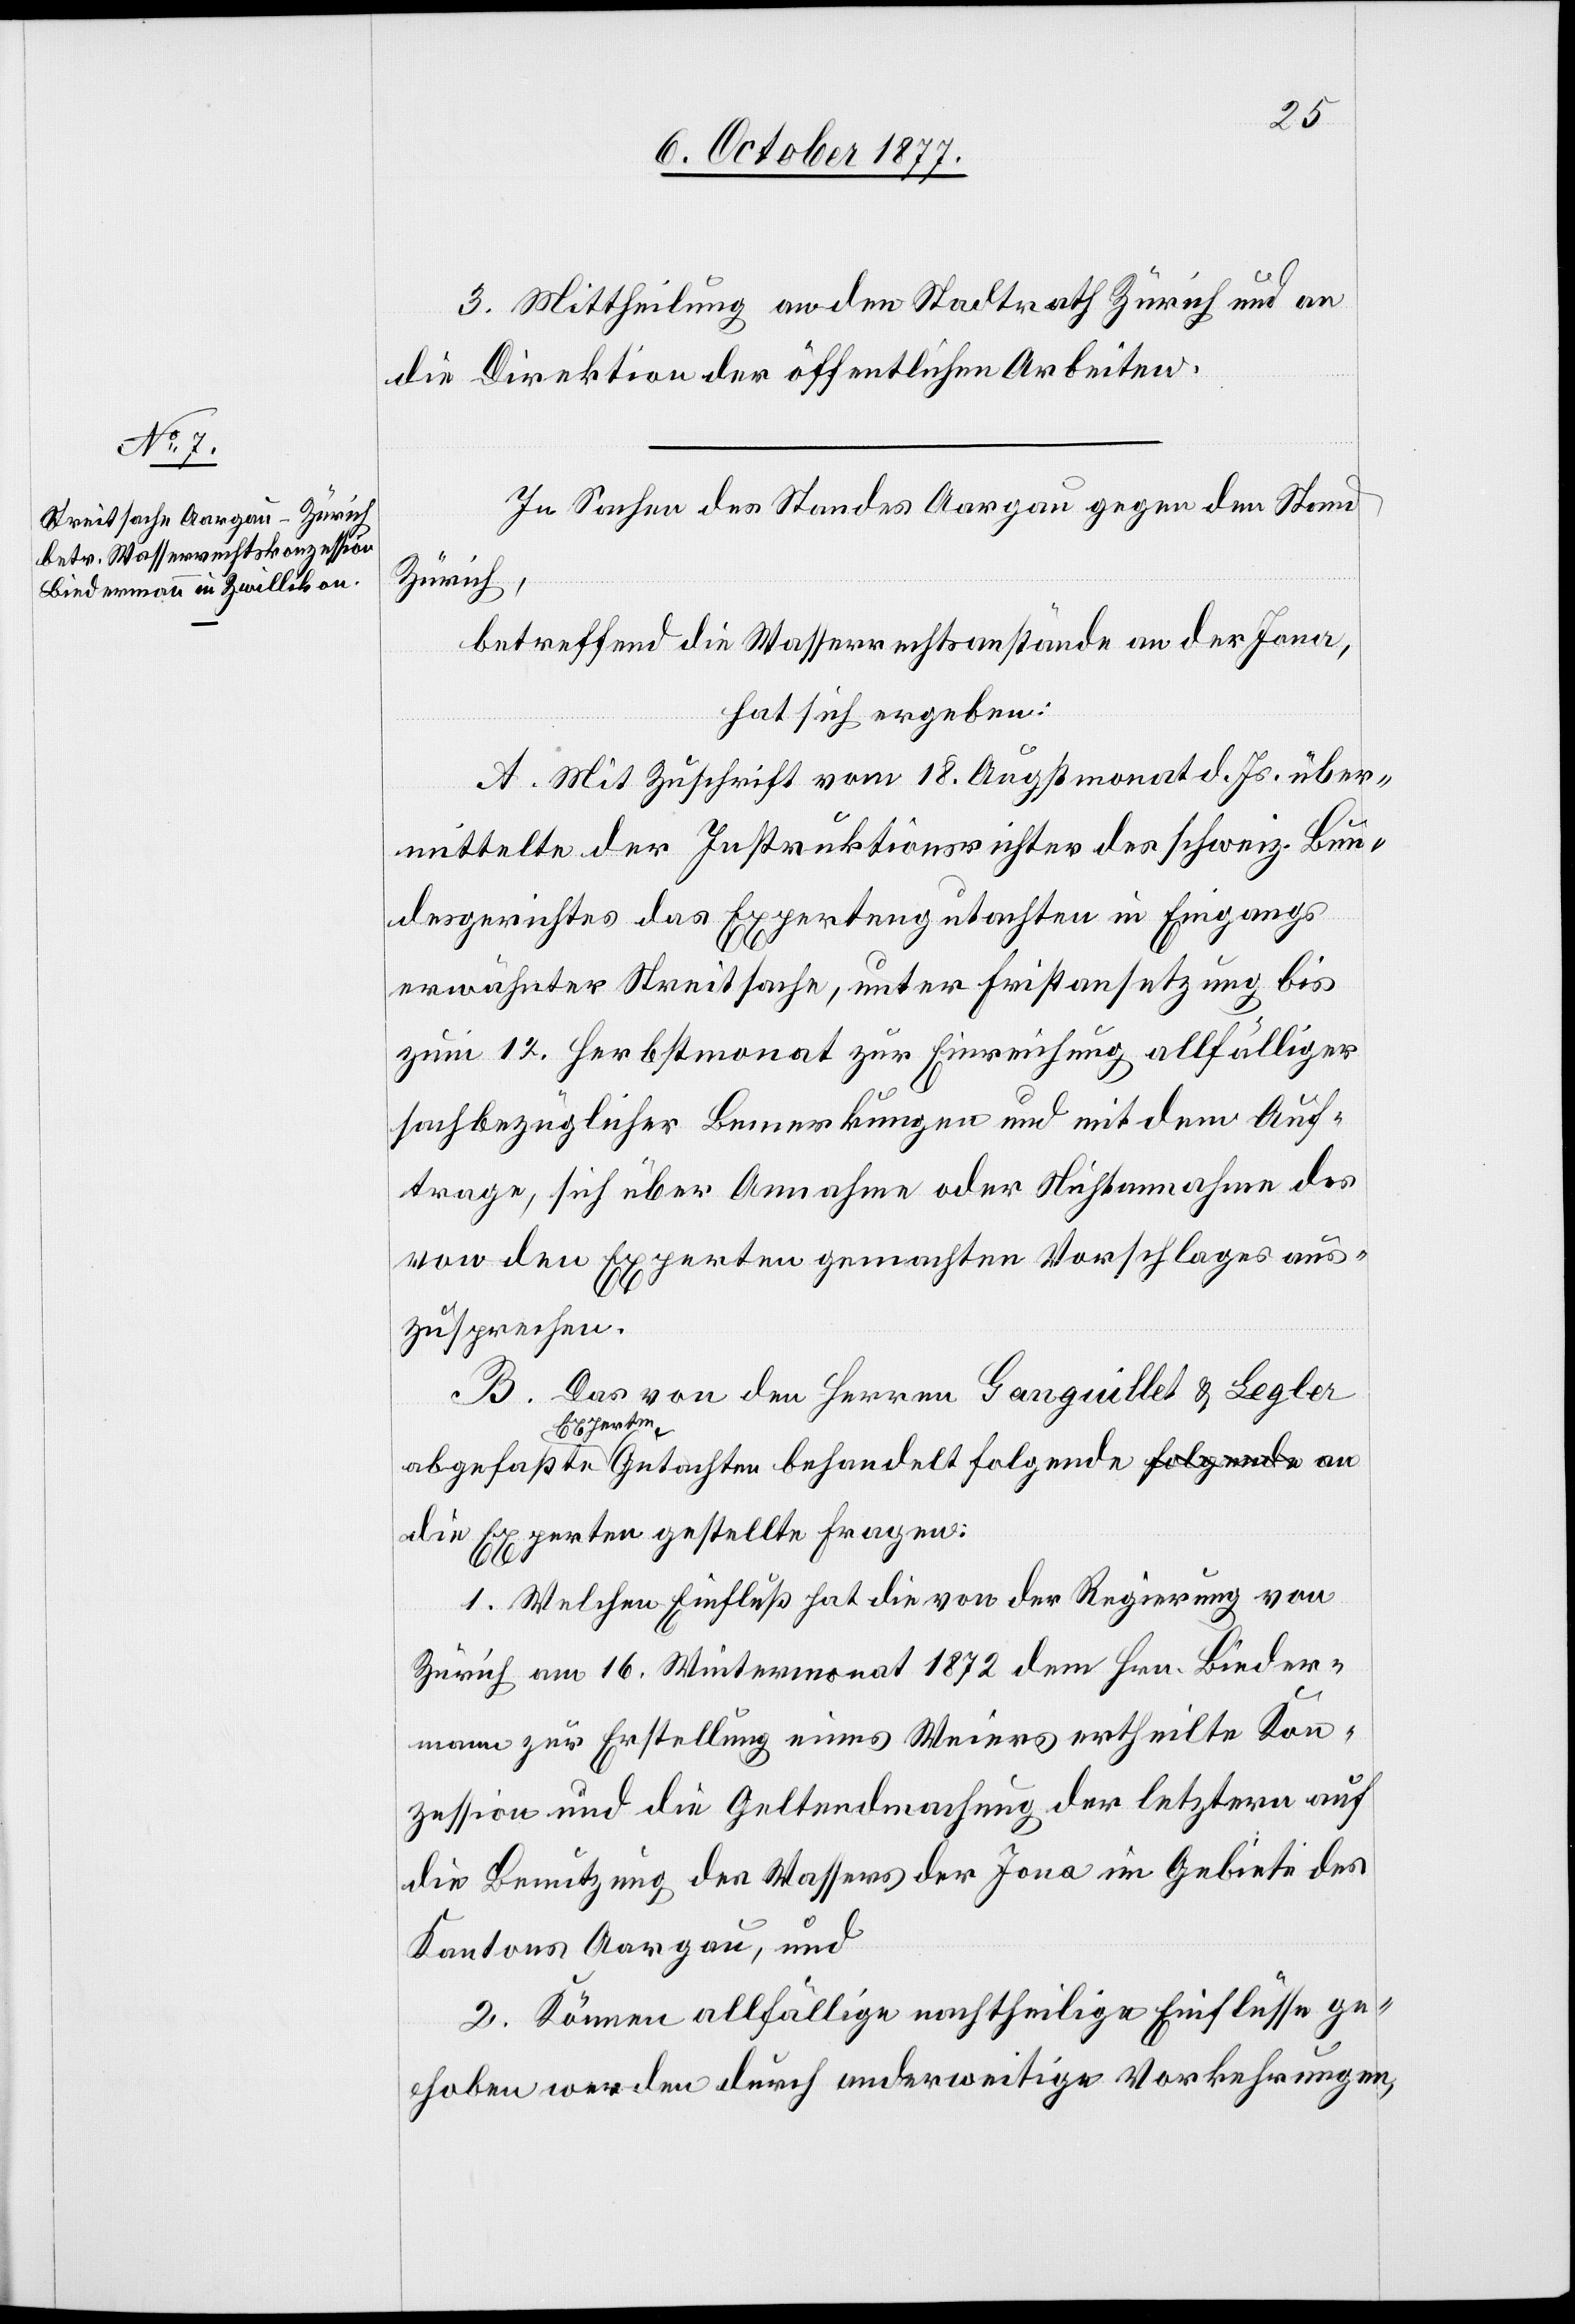
3. Mittheilung an den Stadtrath Zürich und an
die Direktion der öffentlichen Arbeiten.
In Sachen des Standes Aargau gegen den Stand
Zürich,
betreffend die Wasserrechtsanstände an der Jona,
hat sich ergeben:
A. Mit Zuschrift vom 18. Augstmonat d. Js. über¬
mittelte der Instruktionsrichter des schweiz. Bun¬
desgerichtes das Expertengutachten in Eingangs
erwähnter Streitsache, unter Fristansetzung bis
zum 12. Herbstmonat zur Einreichung allfälliger
sachbezüglicher Bemerkungen und mit dem Auf¬
trage, sich über Annahme oder Nichtannahme des
von den Experten gemachten Vorschlages aus¬
zusprechen.
B. Das von den Herren Ganguillet & Legler
Experten
die Experten gestellte Fragen:
1. Welchen Einfluß hat die von der Regierung von
Zürich am 16. Wintermonat 1872 dem Hrn. Bieder¬
mann zur Erstellung eines Weiers ertheilte Kon¬
zession und die Geltendmachung der letztern auf
die Benutzung des Wassers der Jona im Gebiete des
Kantons Aargau, und
2. Können allfällige nachtheilige Einflüsse ge¬
hoben werden durch anderweitige Vorkehrungen,